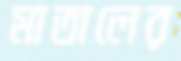
মাতালের